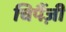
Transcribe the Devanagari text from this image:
चिपैंज़ी